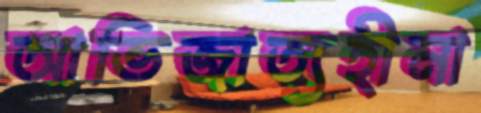
আভিজাত্যহীনা